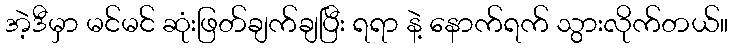
အဲ့ဒီမှာ မင်မင် ဆုံးဖြတ်ချက်ချပြီး ရရာ နဲ့ နောက်ရက် သွားလိုက်တယ်။